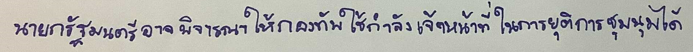
นายกรัฐมนตรีอาจพิจารณาให้กองทัพใช้กำลังเจ้าหน้าที่ในการยุติการชุมนุมได้